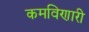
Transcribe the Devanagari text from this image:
कमविणारी